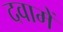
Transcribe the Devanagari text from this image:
दवामें